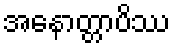
အနောတ္တာပိဿ